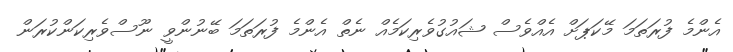
އެންމެ ފުރަތަމަ މޭކަޕަށް އެއްވެސް ޝައުގުވެރިކަމެއް ނެތް އެންމެ ފުރަތަމަ ބޭނުންވީ ނޫސްވެރިކަންކުރަން